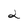
Character: 2